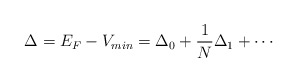
\begin{align*}\Delta = E_{F} - V_{min} = \Delta_{0} + \frac{1}{N} \Delta_{1} +\cdots\end{align*}